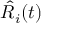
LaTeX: { \hat { R _ { i } } } ( t )